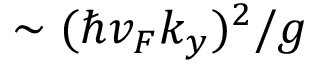
\sim ( \hbar v _ { F } k _ { y } ) ^ { 2 } / g